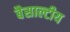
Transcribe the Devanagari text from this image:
बैसाल्टीय